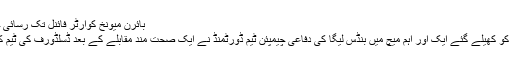
بائرن میونخ کوارٹر فائنل تک رسائی حاصل کرنے کے بعد خوشی میں
جرمن کپ کے سلسلے میں منگل کو کھیلے گئے ایک اور اہم میچ میں بنڈس لیگا کی دفاعی چیمپئن ٹیم ڈورٹمنڈ نے ایک صحت مند مقابلے کے بعد ڈسلڈورف کی ٹیم کو پنلٹی شوٹ آؤٹ پر شکست دی۔